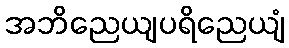
အဘိညေယျပရိညေယျံ